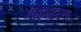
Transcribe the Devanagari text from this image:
अंवायना